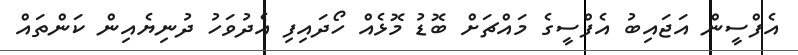
އެފްސީން އަޖައިބު އެފްސީގެ މައްޗަށް ބޮޑު މޮޅެއް ހޯދައިފި އެދުވަހު ދުނިޔެއިން ކަންތައް